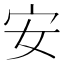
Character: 安